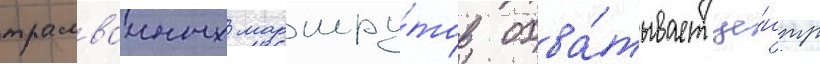
трамваиных маршру́тов охва́тывает це́нтр